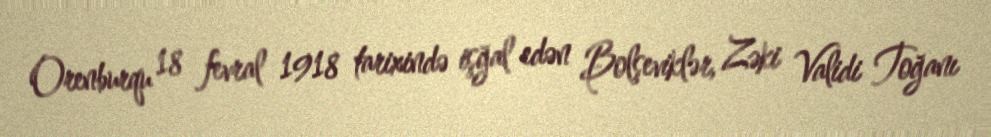
Orenburqu 18 fevral 1918 tarixində işğal edən Bolşeviklər, Zəki Validi Toğanı